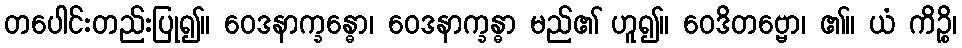
တပေါင်းတည်းပြု၍။ ဝေဒနာက္ခန္ဓော၊ ဝေဒနာက္ခန္ဓာ မည်၏ ဟူ၍။ ဝေဒိတဗ္ဗော၊ ၏။ ယံ ကိဉ္စိ၊